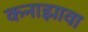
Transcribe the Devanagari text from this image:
कनाझावा